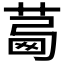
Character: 𦴛